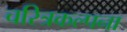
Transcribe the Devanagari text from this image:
चरित्रकल्पना